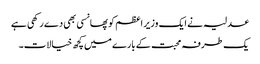
عدلیہ نے ایک وزیر اعظم کو پھانسی بھی دے رکھی ہے
یک طرفہ محبت کے بارے میں کچھ خیالات۔